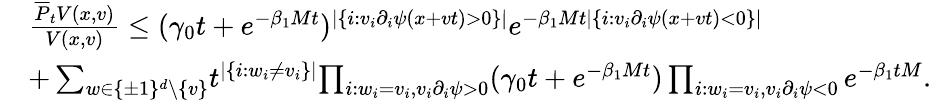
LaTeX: \begin{array}{rl}&{\frac{\overline{{P}}_{t}V(x,v)}{V(x,v)}\leq(\gamma_{0}t+e^{-\beta_{1}Mt})^{\lvert\{ i:v_{i}\partial_{i}\psi(x+vt)>0\} \rvert}e^{-\beta_{1}Mt\lvert\{ i:v_{i}\partial_{i}\psi(x+vt)<0\} \rvert}}\\ &{+\sum_{w\in\{ \pm 1\} ^{d}\setminus\{ v\} }\! t^{|\{ i:w_{i}\neq v_{i}\} |}\! \prod_{i:w_{i}=v_{i},v_{i}\partial_{i}\psi>0}(\gamma_{0}t+e^{-\beta_{1}Mt})\prod_{i:w_{i}=v_{i},v_{i}\partial_{i}\psi<0}e^{-\beta_{1}tM}.}\end{array}